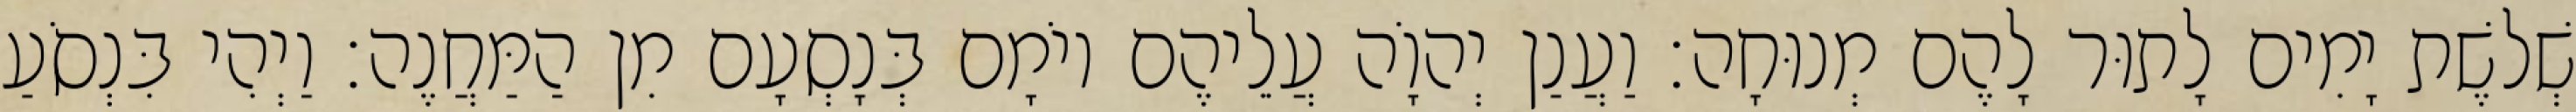
שְׁלשֶׁת יָמִים לָתוּר לָהֶם מְנוּחָה׃ וַעֲנַן יְהוָֹה עֲלֵיהֶם יוֹמָם בְּנָסְעָם מִן הַמַּחֲנֶה׃ וַיְהִי בִּנְסֹעַ